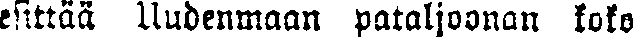
esittää Uudenmaan pataljoonan koko